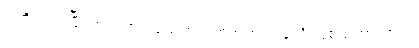
ဒါကိုကြည့်ပြီး အရသာ င်ရုံသက်သက်အတွက် ခုလိုကြံစည်တာလား ။